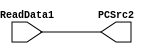
`timescale 1ns / 1ps

module PCSrc2(
    input[31:0] ReadData1,
    output[31:0] PCSrc2
    );
    assign PCSrc2=ReadData1;
endmodule